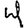
Digit: 4